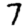
Digit: 7